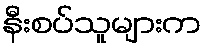
နီးစပ်သူများက